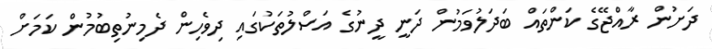
ދަށުން ރާއްޖޭގެ ކަންތައް ބަދަލުވަމުން ދަނީ ދީނުގެ އަސްލުތަކުގައި ދިވެހިން ދެމިނުތިބުމުން ކަމަށް